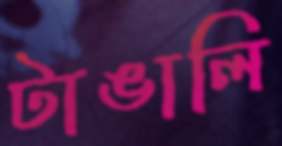
টাঙালি